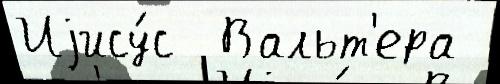
Иjису́с  Вальт'ера